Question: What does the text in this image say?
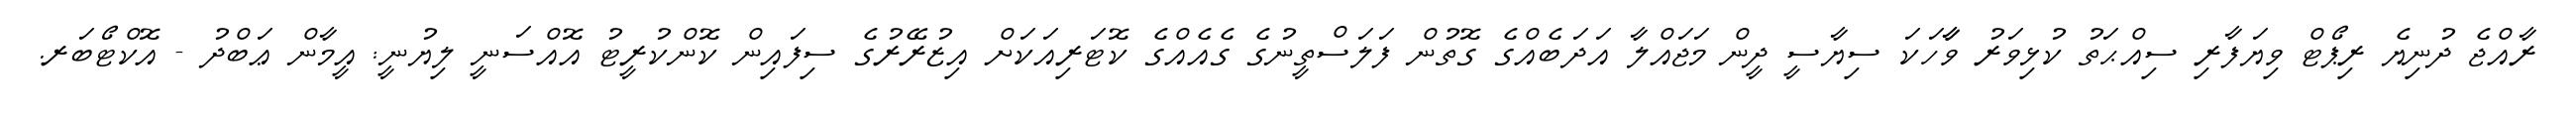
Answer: ރާއްޖެ ދުނިޔެ ރިޕޯޓް ވިޔަފާރި ސިއްޙަތު ކުޅިވަރު ވާާހަކަ ސިޔާސީ ދީން މަޖައްލާ އަދަބެއްގެ ގޮތުން ފަލަސްތީނުގެ ގެއެއްގެ ކޮޓަރިއަކަށް އިޒުރޭރުގެ ސިފައިން ކޮންކުރީޓު އޮއްސަނީ ލިޔުނީ: އީމާން ޢަބްދު - އޮކްޓޯބަރ.